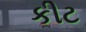
કીટ